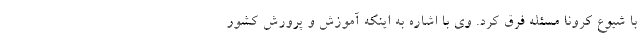
با شیوع کرونا مسئله فرق کرد. وی با اشاره به اینکه آموزش و پرورش کشور